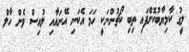
ލީގު ކާމިޔާބުކޮށްފައި ތިބި ކޯޗުންނަކީ ހަމަ އެކަނި އޭނައާއި ލުއިސް ވެން ހާލް